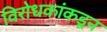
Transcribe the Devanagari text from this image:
विरोधकांकडून